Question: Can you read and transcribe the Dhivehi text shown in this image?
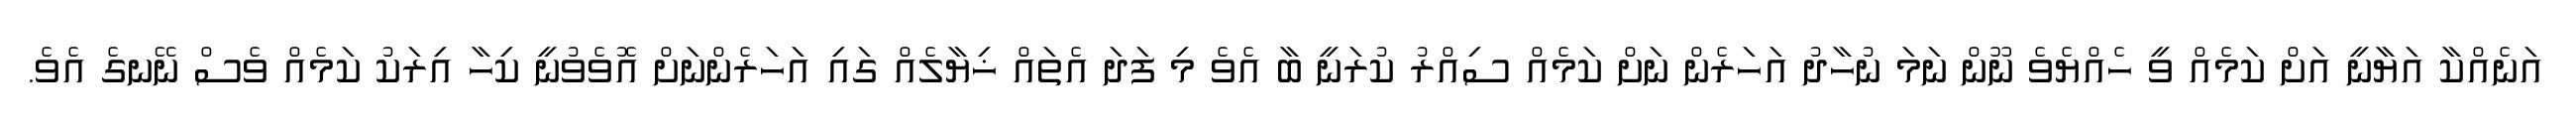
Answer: އަނެއްކާ އަޔާނީ އަށް ކަމެއް ވީ ހެއްޔެވެ ނޫން ނަމަ ނުހާދު އަހަރެން ނަށް ކަމެއް ސިއްރު ކުރަނީ ބާ އެވެ މި ފަދަ އެތައް ޚިޔާލެއް ގައި އަހަރެންނަށް އޮވެވުނީ ކިހާ އިރަކު ކަމެއް ވެސް ނޭނގެ އެވެ.